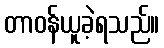
တာဝန်ယူခဲ့ရသည်။